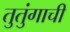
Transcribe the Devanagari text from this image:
तुतुंगाची